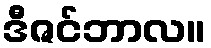
ဒီဇင်ဘာလ။